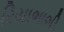
રિયાભાભી